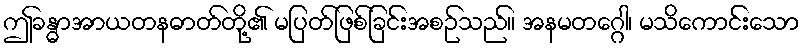
ဤခန္ဓာအာယတနဓာတ်တို့၏ မပြတ်ဖြစ်ခြင်းအစဉ်သည်။ အနမတဂ္ဂေါ၊ မသိကောင်းသော